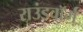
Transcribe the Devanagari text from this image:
राउंडवॉर्म